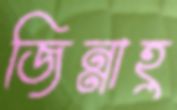
জিন্নাহ্র